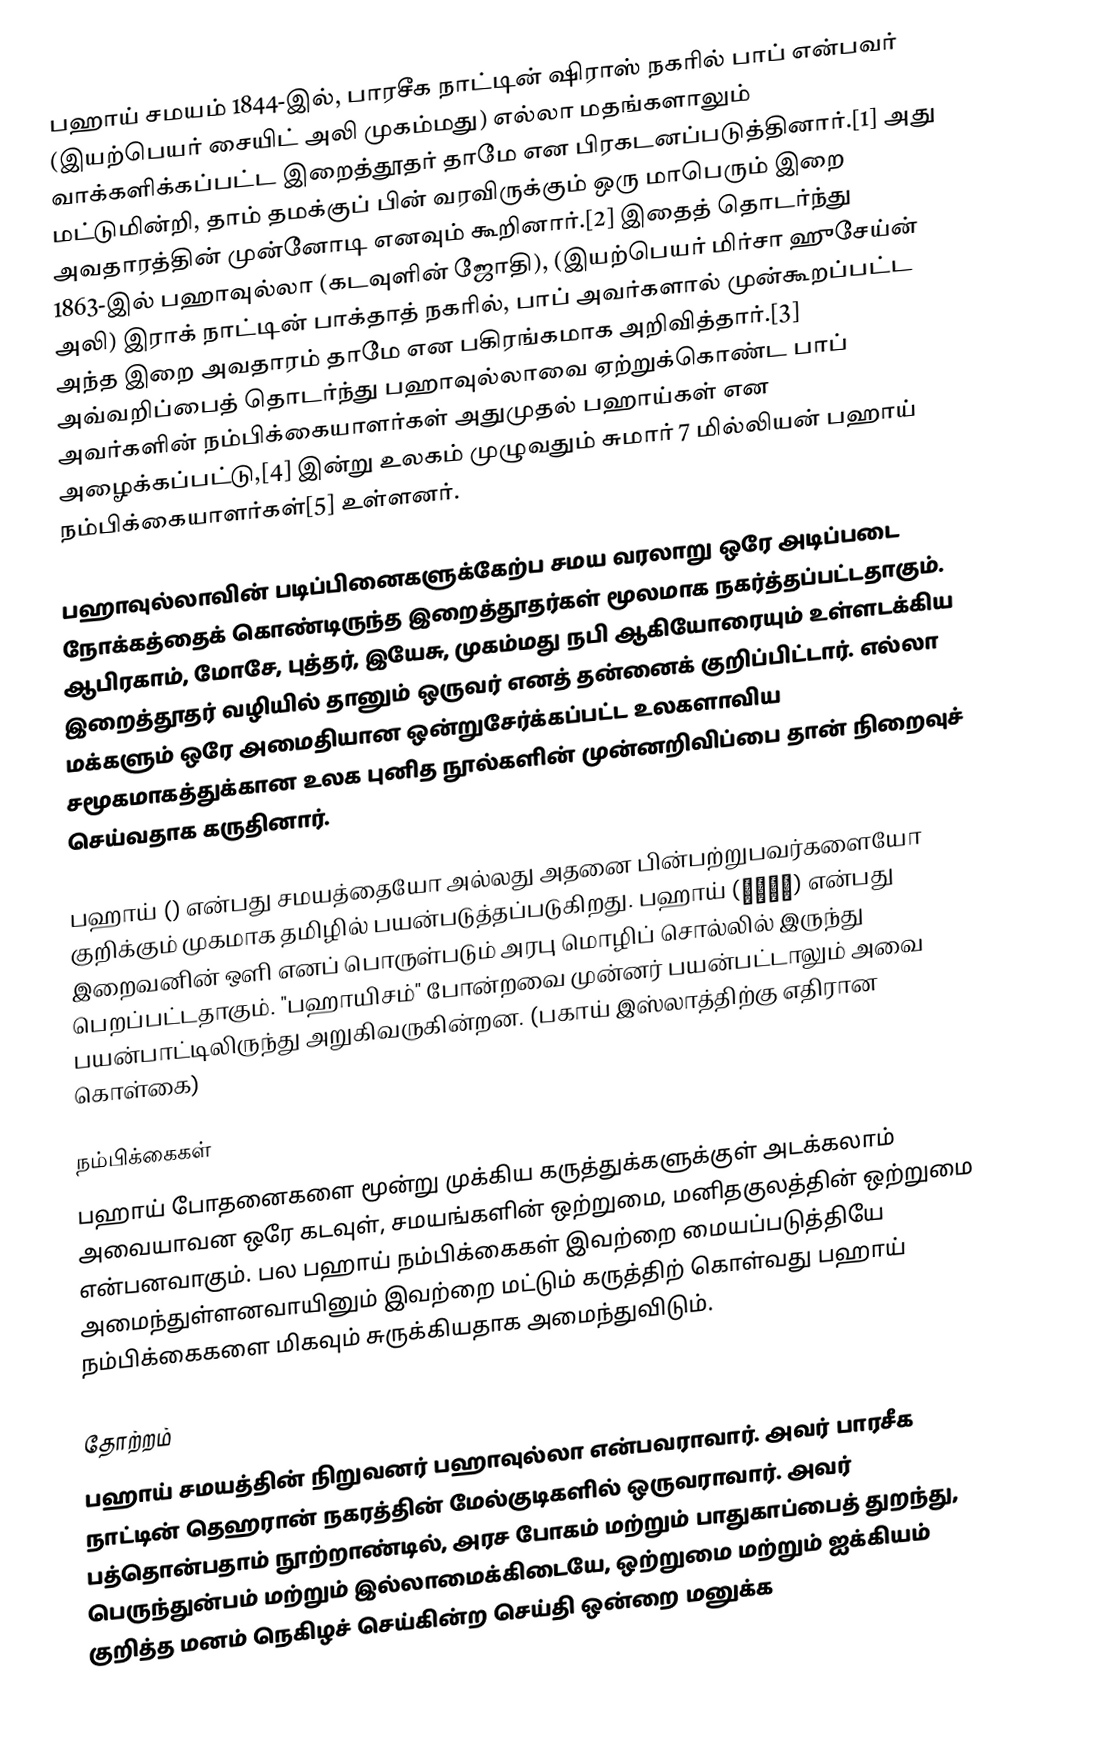
பஹாய் சமயம் 1844-இல், பாரசீக நாட்டின் ஷிராஸ் நகரில் பாப் என்பவர் (இயற்பெயர் சையிட் அலி முகம்மது) எல்லா மதங்களாலும் வாக்களிக்கப்பட்ட இறைத்தூதர் தாமே என பிரகடனப்படுத்தினார்.[1] அது மட்டுமின்றி, தாம் தமக்குப் பின் வரவிருக்கும் ஒரு மாபெரும் இறை அவதாரத்தின் முன்னோடி எனவும் கூறினார்.[2] இதைத் தொடர்ந்து 1863-இல் பஹாவுல்லா (கடவுளின் ஜோதி), (இயற்பெயர் மிர்சா ஹுசேய்ன் அலி) இராக் நாட்டின் பாக்தாத் நகரில், பாப் அவர்களால் முன்கூறப்பட்ட அந்த இறை அவதாரம் தாமே என பகிரங்கமாக அறிவித்தார்.[3] அவ்வறிப்பைத் தொடர்ந்து பஹாவுல்லாவை ஏற்றுக்கொண்ட பாப் அவர்களின் நம்பிக்கையாளர்கள் அதுமுதல் பஹாய்கள் என அழைக்கப்பட்டு,[4] இன்று உலகம் முழுவதும் சுமார் 7 மில்லியன் பஹாய் நம்பிக்கையாளர்கள்[5] உள்ளனர்.

பஹாவுல்லாவின் படிப்பினைகளுக்கேற்ப சமய வரலாறு ஒரே அடிப்படை நோக்கத்தைக் கொண்டிருந்த இறைத்தூதர்கள் மூலமாக நகர்த்தப்பட்டதாகும். ஆபிரகாம், மோசே, புத்தர், இயேசு, முகம்மது நபி ஆகியோரையும் உள்ளடக்கிய இறைத்தூதர் வழியில் தானும் ஒருவர் எனத் தன்னைக் குறிப்பிட்டார். எல்லா மக்களும் ஒரே அமைதியான ஒன்றுசேர்க்கப்பட்ட உலகளாவிய சமூகமாகத்துக்கான உலக புனித நூல்களின் முன்னறிவிப்பை தான் நிறைவுச் செய்வதாக கருதினார்.

பஹாய் () என்பது சமயத்தையோ அல்லது அதனை பின்பற்றுபவர்களையோ குறிக்கும் முகமாக தமிழில் பயன்படுத்தப்படுகிறது. பஹாய் (بهاء) என்பது இறைவனின் ஒளி எனப் பொருள்படும் அரபு மொழிப் சொல்லில் இருந்து பெறப்பட்டதாகும். "பஹாயிசம்" போன்றவை முன்னர் பயன்பட்டாலும் அவை பயன்பாட்டிலிருந்து அறுகிவருகின்றன. (பகாய் இஸ்லாத்திற்கு எதிரான கொள்கை)

நம்பிக்கைகள்
பஹாய் போதனைகளை மூன்று முக்கிய கருத்துக்களுக்குள் அடக்கலாம் அவையாவன ஒரே கடவுள், சமயங்களின் ஒற்றுமை, மனிதகுலத்தின் ஒற்றுமை என்பனவாகும். பல பஹாய் நம்பிக்கைகள் இவற்றை மையப்படுத்தியே அமைந்துள்ளனவாயினும் இவற்றை மட்டும் கருத்திற் கொள்வது பஹாய் நம்பிக்கைகளை மிகவும் சுருக்கியதாக அமைந்துவிடும்.

தோற்றம்
பஹாய் சமயத்தின் நிறுவனர் பஹாவுல்லா என்பவராவார். அவர் பாரசீக நாட்டின் தெஹரான் நகரத்தின் மேல்குடிகளில் ஒருவராவார். அவர் பத்தொன்பதாம் நூற்றாண்டில், அரச போகம் மற்றும் பாதுகாப்பைத் துறந்து, பெருந்துன்பம் மற்றும் இல்லாமைக்கிடையே, ஒற்றுமை மற்றும் ஐக்கியம் குறித்த மனம் நெகிழச் செய்கின்ற செய்தி ஒன்றை மனுக்க